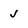
Character: j